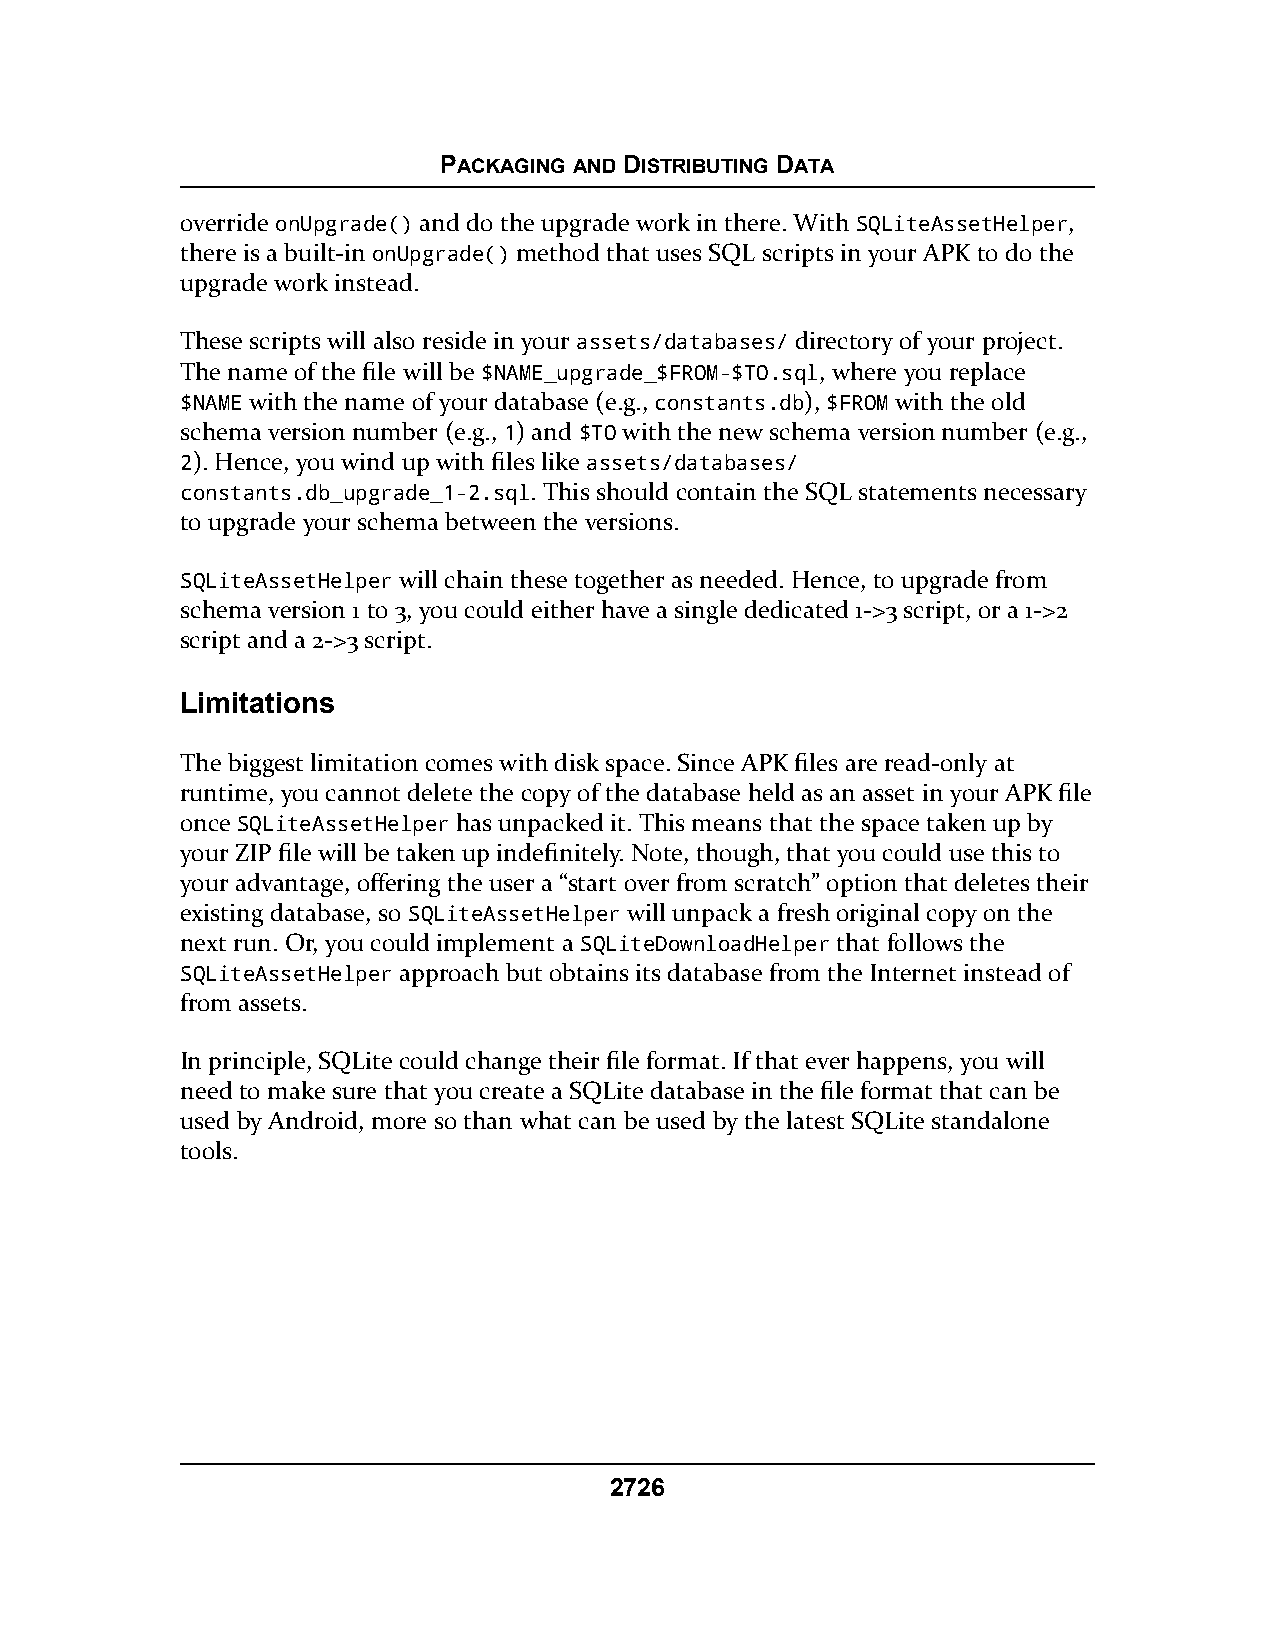
PACKAGING AND DISTRIBUTING DATA
 override onUpgrade() and do the upgrade work in there. With SQLiteAssetHelper,
 there is a built-in onUpgrade() method that uses SQL scripts in your APK to do the
 upgrade work instead.
 These scripts will also reside in your assets/databases/ directory of your project.
 The name of the file will be $NAME_upgrade_$FROM-$TO.sql, where you replace
 $NAME with the name of your database (e.g., constants.db), $FROM with the old
 schema version number (e.g., 1) and $TO with the new schema version number (e.g.,
 2). Hence, you wind up with files like assets/databases/
 constants.db_upgrade_1-2.sql. This should contain the SQL statements necessary
 to upgrade your schema between the versions.
 SQLiteAssetHelper will chain these together as needed. Hence, to upgrade from
 schema version 1 to 3, you could either have a single dedicated 1->3 script, or a 1->2
 script and a 2->3 script.
 Limitations
 The biggest limitation comes with disk space. Since APK files are read-only at
 runtime, you cannot delete the copy of the database held as an asset in your APK file
 once SQLiteAssetHelper has unpacked it. This means that the space taken up by
 your ZIP file will be taken up indefinitely. Note, though, that you could use this to
 your advantage, offering the user a “start over from scratch” option that deletes their
 existing database, so SQLiteAssetHelper will unpack a fresh original copy on the
 next run. Or, you could implement a SQLiteDownloadHelper that follows the
 SQLiteAssetHelper approach but obtains its database from the Internet instead of
 from assets.
 In principle, SQLite could change their file format. If that ever happens, you will
 need to make sure that you create a SQLite database in the file format that can be
 used by Android, more so than what can be used by the latest SQLite standalone
 tools.
 2726